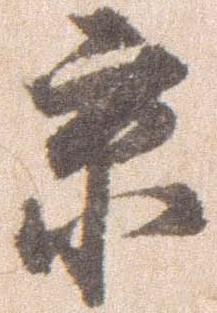
京